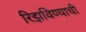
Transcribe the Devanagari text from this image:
रिझविण्याची